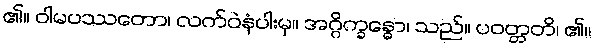
၏။ ဝါမပဿတော၊ လက်ဝဲနံပါးမှ။ အဂ္ဂိက္ခန္ဓော၊ သည်။ ပဝတ္တတိ၊ ၏။